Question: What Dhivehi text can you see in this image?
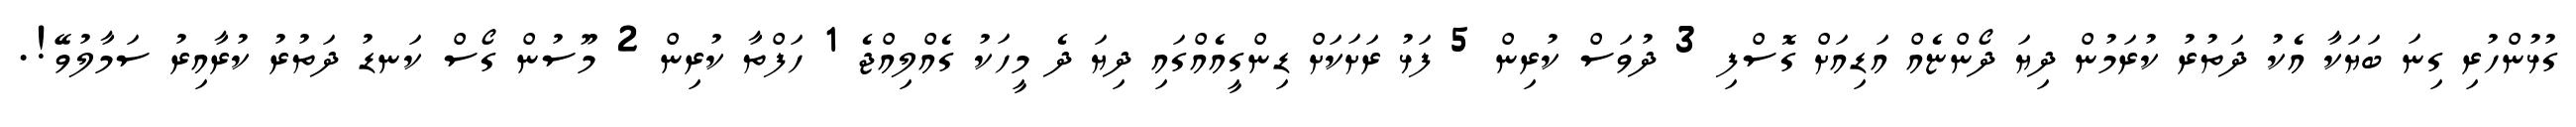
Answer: ގުޅުންހުރި ގިނަ ބަޔަކާ އެކު ދަތުރު ކުރަމުން ދިޔަ ދޯންޏެއް އަޑިއަށް ގޮސްފި 3 ދުވަސް ކުރިން 5 ފަޅު ރަށަކަށް ޑިންގީއެއްގައި ދިޔަ ދެ މީހަކު ގެއްލިއްޖެ 1 ހަފްތާ ކުރިން 2 މޫސުން ގޯސް ކަނޑު ދަތުރު ކުރާއިރު ސަމާލުވޭ!.